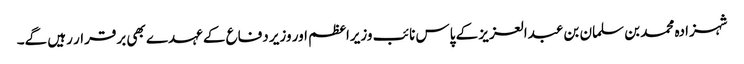
شہزادہ محمد بن سلمان بن عبدالعزیز کے پاس نائب وزیراعظم اور وزیر دفاع کے عہدے بھی برقرار رہیں گے۔